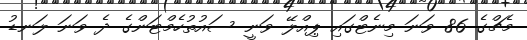
މެޗްގެ 86 ވަނަ މިނެޓްގައި ޕިއްލޭ ވަނީ ސައުތުހެމްޓަންގެ ދެ ވަނަ ލަނޑު